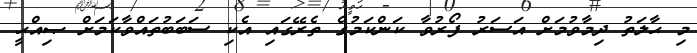
މި ޙާލަތު ދިމާވުމަށް އަސަރު ފޯރުވާ ކަންކަމުގެ ތެރޭގައި އެކި ސަބަބުތައްވާކަމަށް ޞިއްޙީ